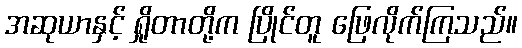
အဆုယာနှင့် ရှိုတာတို့က ပြိုင်တူ ဖြေလိုက်ကြသည်။